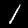
Label: 1